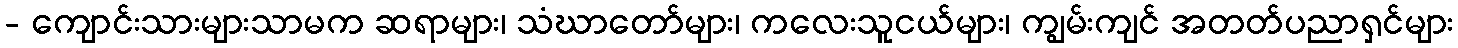
- ကျောင်းသားများသာမက ဆရာများ၊ သံဃာတော်များ၊ ကလေးသူငယ်များ၊ ကျွမ်းကျင် အတတ်ပညာရှင်များ